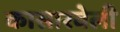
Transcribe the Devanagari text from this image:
कासारवेली